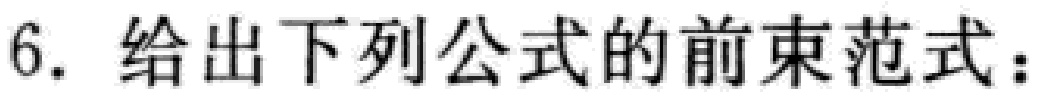
6. 给出下列公式的前束范式：